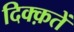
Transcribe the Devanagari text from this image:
दिक्क़तें